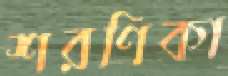
শরণিকা